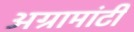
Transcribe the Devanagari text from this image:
अग्रामांटी